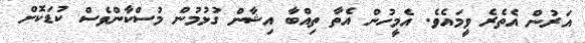
އަރުން އެތެރެ ވީމައެވެ. އެމީހުން އެތާ ތިއްބާ އިޝާން ގުޅުމުން މުސްކާންވެސް ކުޑަކޮށް